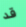
قد